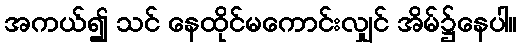
အကယ်၍ သင် နေထိုင်မကောင်းလျှင် အိမ်၌နေပါ။